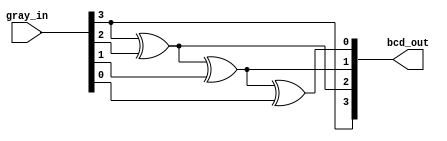
module gray_decoder (
    input wire [3:0] gray_in ,
    output wire [3:0] bcd_out
);

assign bcd_out[3] = gray_in[3];
assign bcd_out[2] = gray_in[3]^gray_in[2];
assign bcd_out[1] = bcd_out[2]^gray_in[1];
assign bcd_out[0] = bcd_out[1]^gray_in[0];
    
endmodule